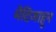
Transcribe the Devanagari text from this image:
भैदिजाहून